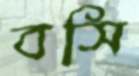
বসি